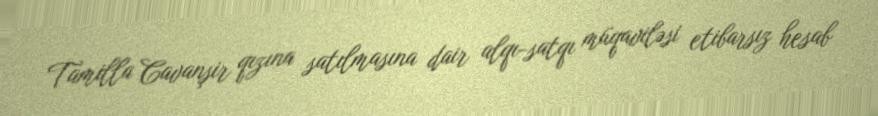
Tamilla Cavanşir qızına satılmasına dair alqı-satqı müqaviləsi etibarsız hesab